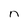
Character: n